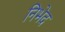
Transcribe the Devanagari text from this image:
निभेद